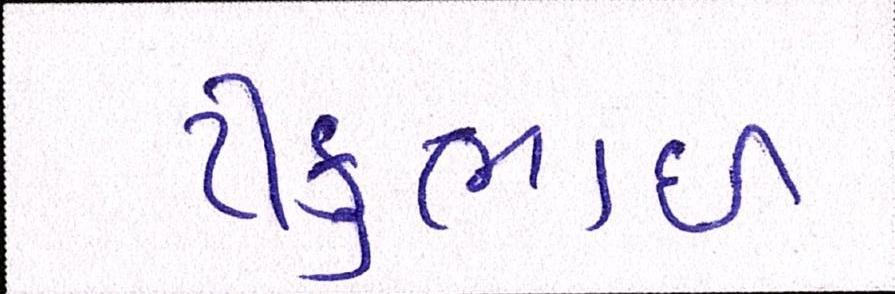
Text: ટીકુભાઇ